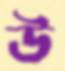
উ